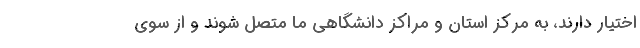
اختیار دارند، به مرکز استان و مراکز دانشگاهی ما متصل شوند و از سوی